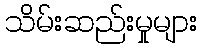
သိမ်းဆည်းမှုများ